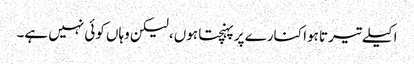
اکیلے تیرتا ہوا کنارے پر پہنچتا ہوں، لیکن وہاں کوئی نہیں ہے۔